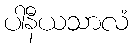
ပါနီယသာလံ